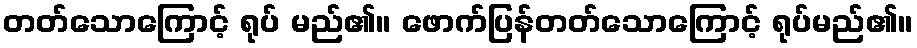
တတ်သောကြောင့် ရုပ် မည်၏။ ဖောက်ပြန်တတ်သောကြောင့် ရုပ်မည်၏။